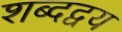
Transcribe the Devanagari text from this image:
शब्दद्वय